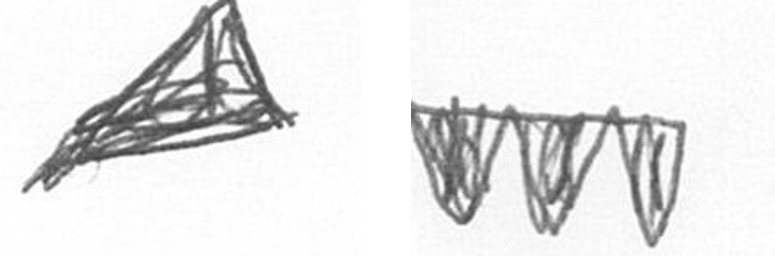
O L